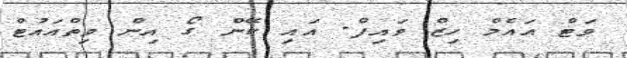
ވަޓް އައެމް ހިޒް ވައިފް. އައި ކޭން ގޯ އިން ވިތްއައުޓް